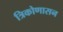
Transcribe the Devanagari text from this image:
त्रिकोणासन